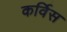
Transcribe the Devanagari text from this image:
कर्विस